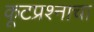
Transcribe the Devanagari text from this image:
कूटप्रश्नाचा